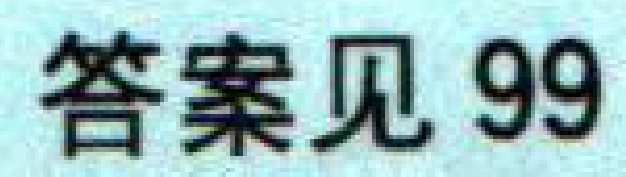
答案见 99